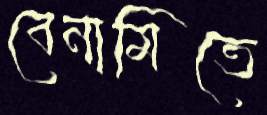
বেনামিতে